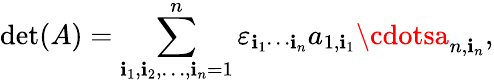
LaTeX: \operatorname*{det}(A)=\sum_{\mathbf{i}_{1},\mathbf{i}_{2},\ldots,\mathbf{i}_{n}=1}^{n}\varepsilon_{\mathbf{i}_{1}\cdots\mathbf{i}_{n}}a_{1,\mathbf{i}_{1}}\cdotsa_{n,\mathbf{i}_{n}},